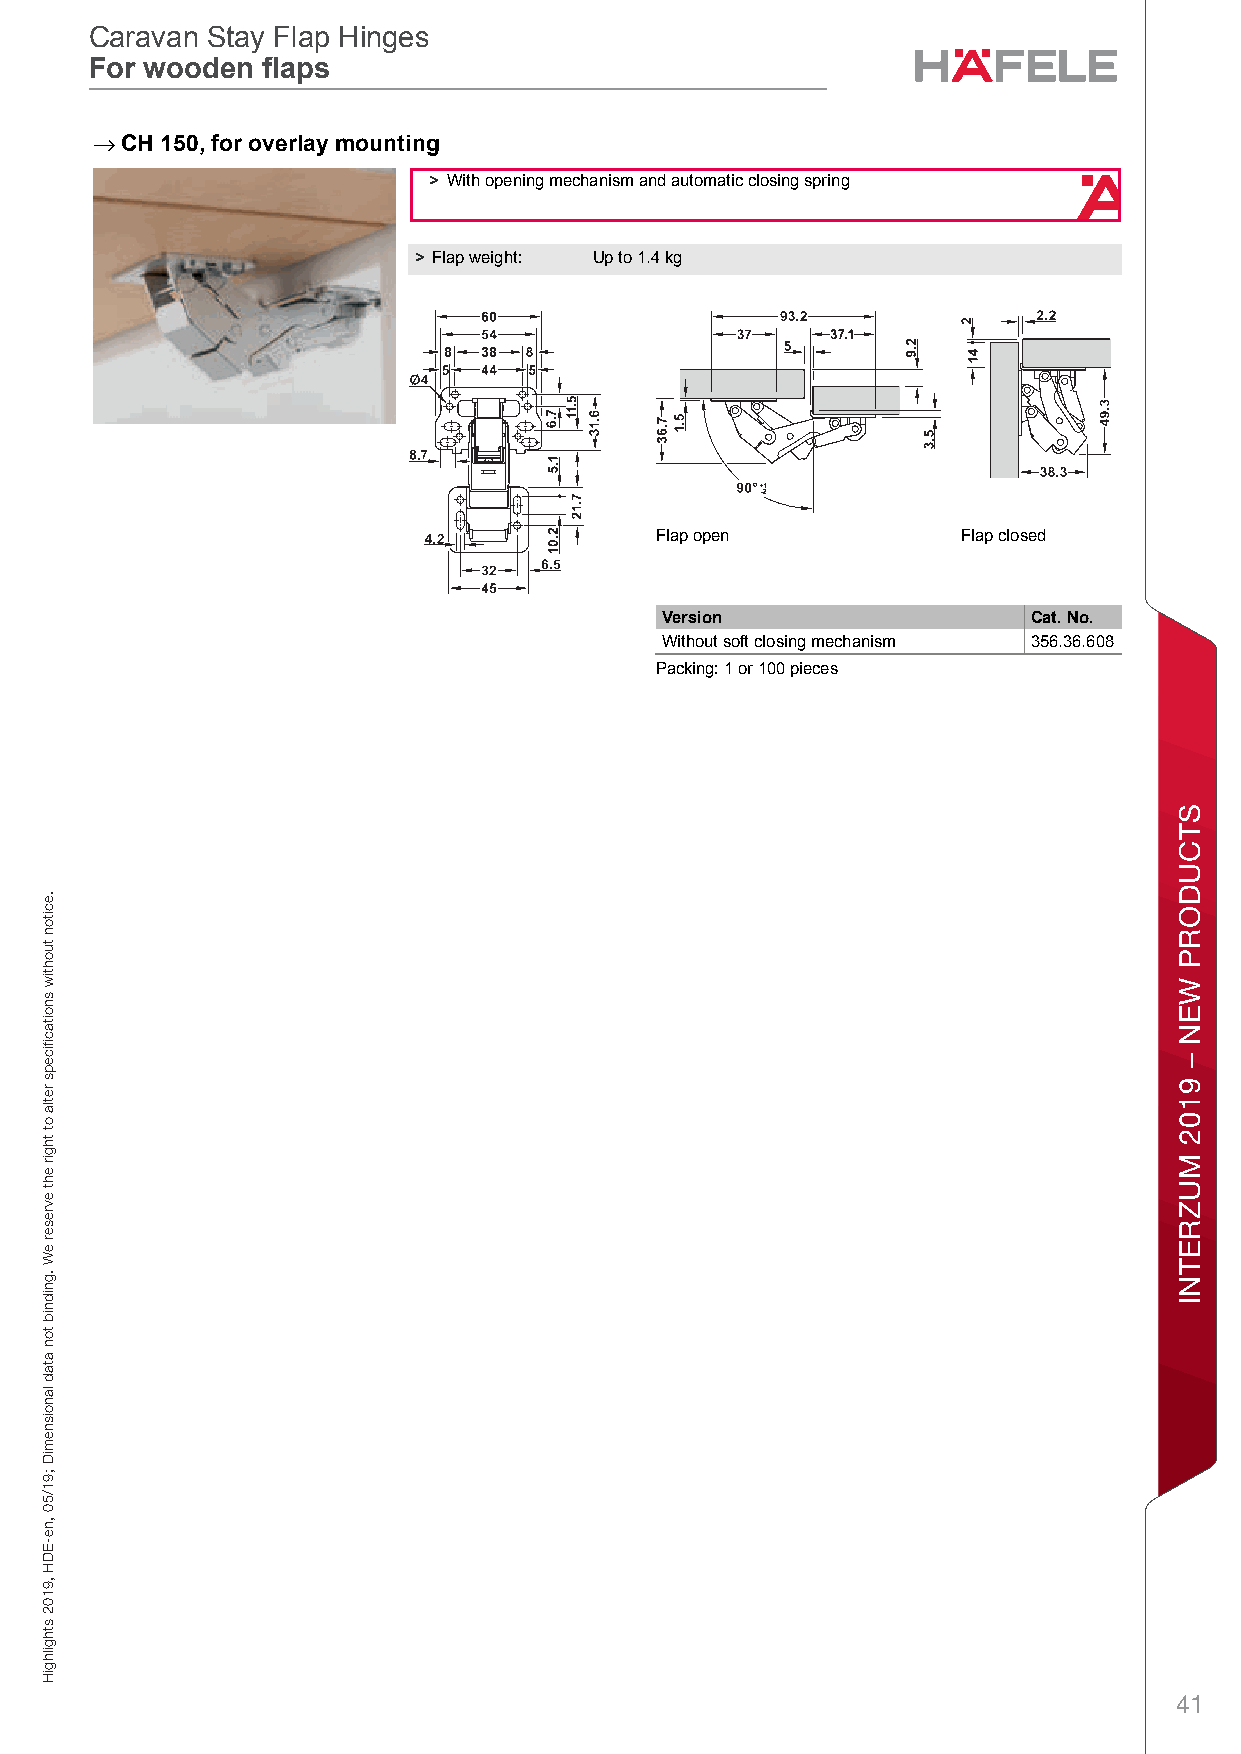
Caravan Stay Flap Hinges
 Caravan Stay Flap Hinges
 For wooden laps
 For wooden  flaps
 C→aravan Hin gesCaravan Stay Flap HingesFor wooden flapsPlanning and ConstructionDimensional data not binding. We reserve the right to alter specifications without notice.
 CH 150, for overlay mounting
 > With opening mechanism and automatic closing spring
 > Flap weight: Up to 1.4 kg
 4                                         Flap open            Flap closed
 Version                 Cat. No.
 Without soft closing mechanism 356.36.608
 Packing: 1 or 100 pieces
 41
 segniH
 navaraC
 .eciton
 tuohtiw
 snoitacfiiceps
 retla
 ot
 thgir
 eht
 evreser
 eW
 .gnidnib
 ton
 atad
 lanoisnemiD
 ;91/50
 ,ne-EDH
 ,9102
 sthgilhgiH
 STCUDORP
 WEN
 –
 9102
 MUZRETNI